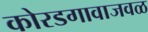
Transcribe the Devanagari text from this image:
कोरडगावाजवळ